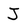
Character: J